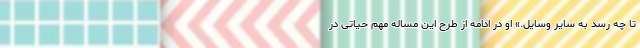
تا چه رسد به سایر وسایل.» او در ادامه از طرح این مساله مهم حیاتی در